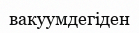
вакуумдегіден